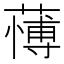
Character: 𮑺